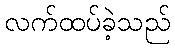
လက်ထပ်ခဲ့သည်